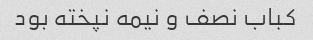
کباب نصف و نیمه نپخته بود